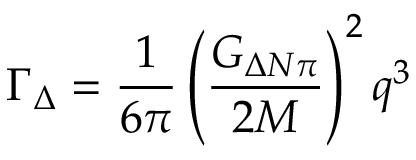
\Gamma _ { \Delta } = { \frac { 1 } { 6 \pi } } \left( { \frac { G _ { \Delta N \pi } } { 2 M } } \right) ^ { 2 } q ^ { 3 }